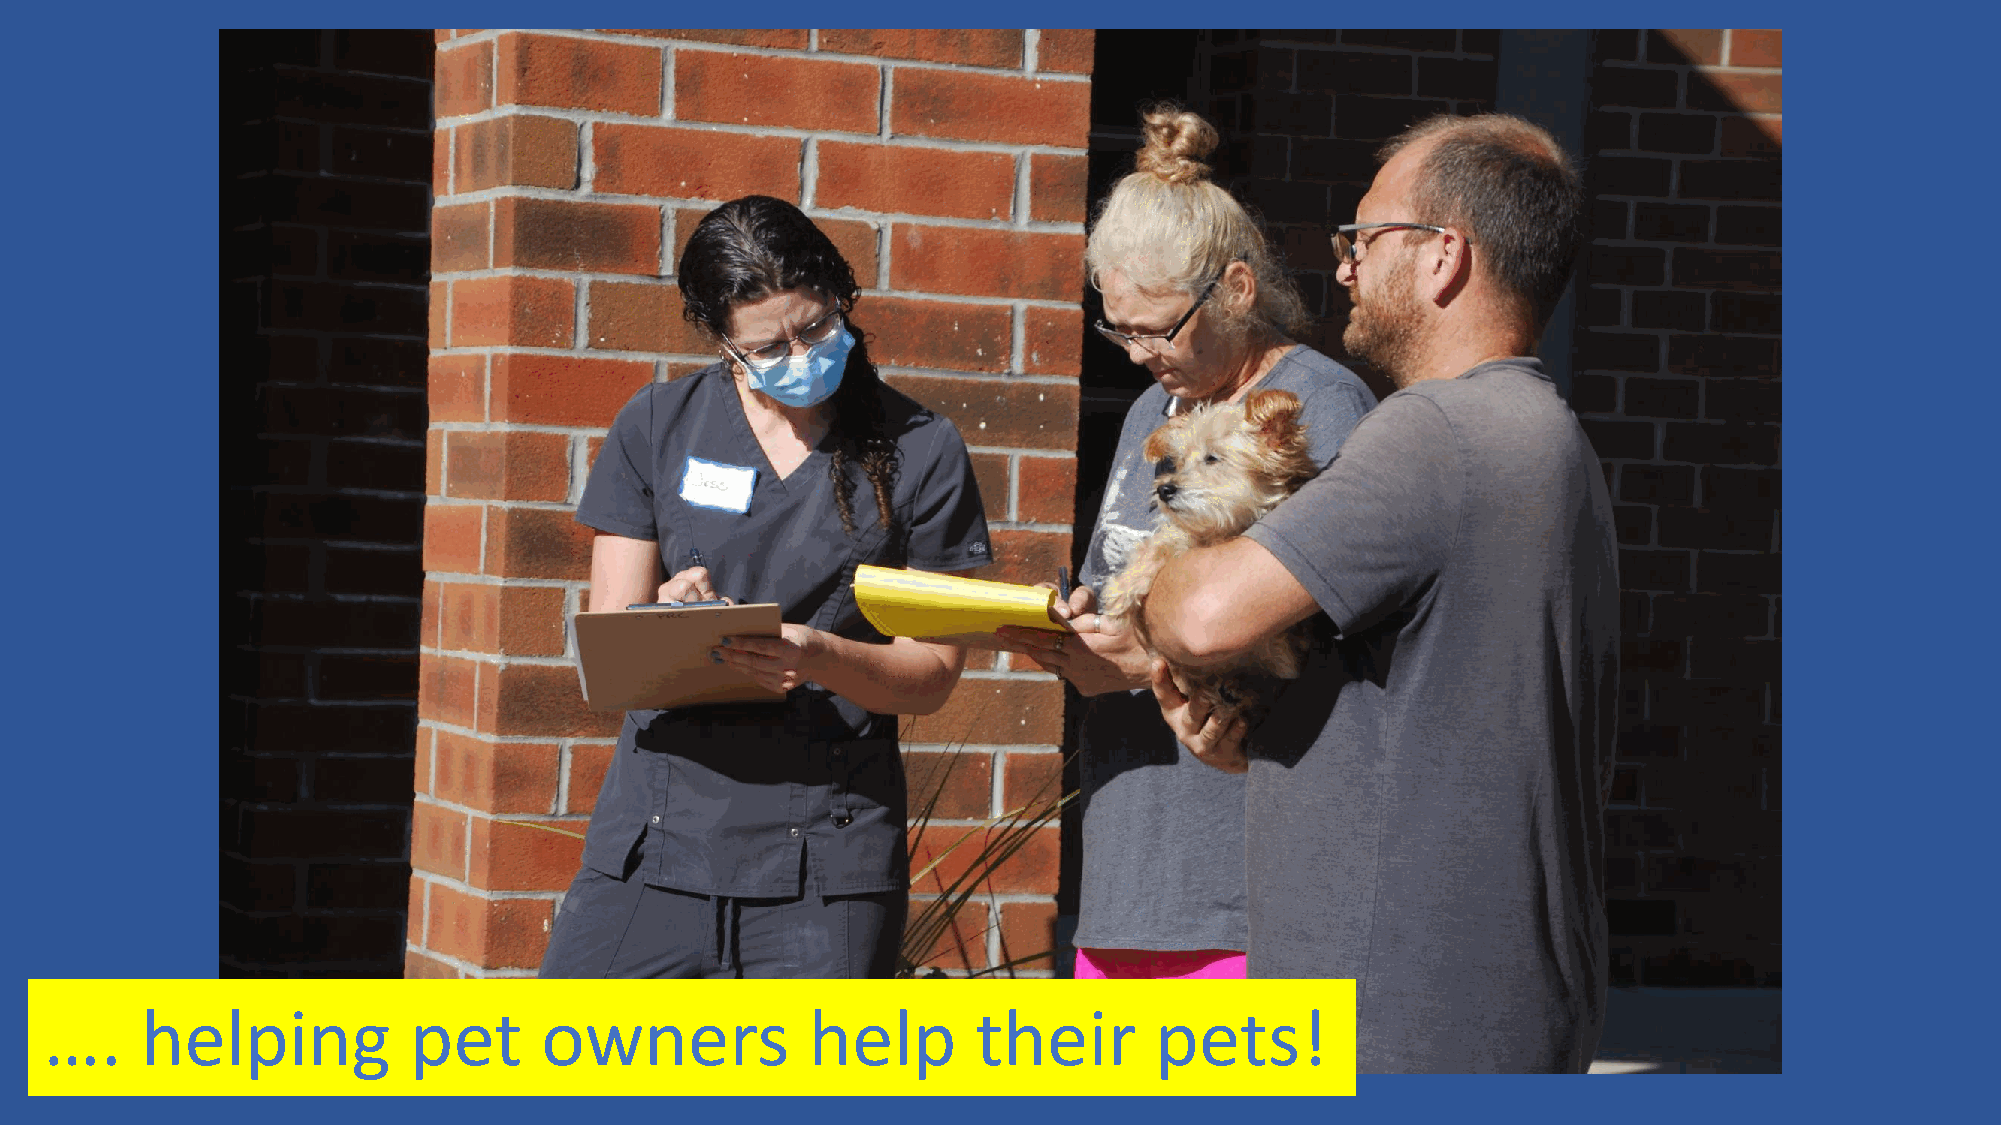
….    helping           pet      owners           help        their      pets!